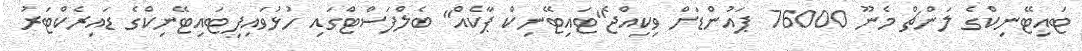
ޓައިޓޭނިކްގެ ލަންޗް މެނޫ 76000 ޕައުންޑަށް ވިކިއްޖެ"ޓައިޓޭނިކް ޕާކެއް" ބެލްފަސްޓްގައި ހުޅުވައިފިޓައިޓޭނިކްގެ ޑައިރެކްޓަރު